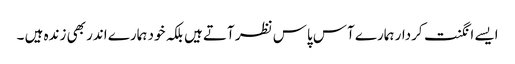
ایسے انگنت کردار ہمارے آس پاس نظر آتے ہیں بلکہ خود ہمارے اندر بھی زندہ ہیں ۔